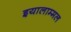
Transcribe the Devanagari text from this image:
इयालाम्मल